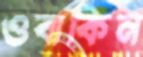
ওবাকিন